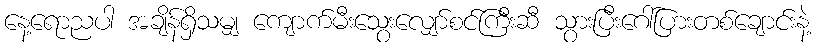
နေ့ရောညပါ အချိန်ရှိသမျှ ကျောက်မီးသွေးလျှော်စင်ကြီးဆီ သွားပြီးဂေါ်ပြားတစ်ချောင်းနဲ့